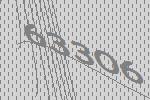
63306